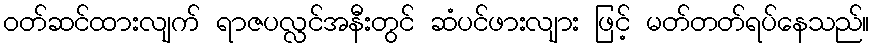
ဝတ်ဆင်ထားလျက် ရာဇပလ္လင်အနီးတွင် ဆံပင်ဖားလျား ဖြင့် မတ်တတ်ရပ်နေသည်။